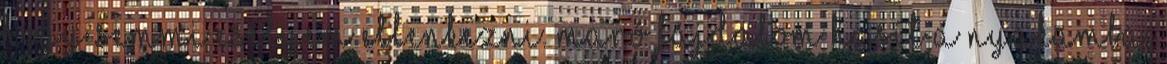
hogy semmi esélyem ellenkezni. Maró fájdalom hasít a nyakamba,